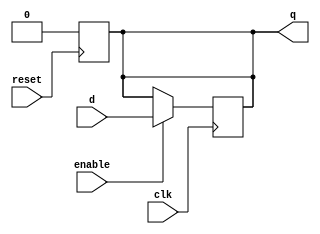
module rff(q, d, clk, enable, reset);
   /****************************
    An Edge-Triggerred Flip-flop 
    Written by H. Roumani, 2008.
    resaet added by M. Spetsakis, 2019
    ****************************/
   output q;
   input  d, clk, enable, reset;
   reg 	  q;

   always @(posedge reset)
     q<= 1'b0;
   always @(posedge clk)
     if (enable) q <= d; 
endmodule

module rregister(q, d, clk, enable, reset);
   /****************************
    An Edge-Triggerred Register.
    Written by H. Roumani, 2008.
    resaet added by M. Spetsakis, 2019
    ****************************/
   parameter SIZE = 2;
   output [SIZE-1:0] q;
   input [SIZE-1:0]  d;
   input 	     clk, enable, reset;

   rff myFF[SIZE-1:0](q, d, clk, enable, reset);
endmodule // rregister
	    
module yMux1(z, a, b, c); 
   output z; 
   input  a, b, c; 
   wire   notC, upper, lower; 
   not my_not(notC, c); 
   and upperAnd(upper, a, notC); 
   and lowerAnd(lower, c, b); 
   or my_or(z, upper, lower); 
endmodule // yMux1

module yMux(z, a, b, c); 
   parameter SIZE = 7; 
   output [SIZE-1:0] z; 
   input [SIZE-1:0]  a, b; 
   input 	     c; 
   yMux1 mine[SIZE-1:0](z, a, b, c); 
endmodule // yMux

module yMux4to1(z, a0,a1,a2,a3, c); 
   parameter SIZE = 2; 
   output [SIZE-1:0] z; 
   input [SIZE-1:0]  a0, a1, a2, a3; 
   input [1:0] 	     c; 
   wire [SIZE-1:0]   zLo, zHi; 
   yMux #(SIZE) lo(zLo, a0, a1, c[0]); 
   yMux #(SIZE) hi(zHi, a2, a3, c[0]); 
   yMux #(SIZE) final(z, zLo, zHi, c[1]); 
endmodule 

module yAdder1(z, cout, a, b, cin); 
   output z, cout; 
   input  a, b, cin; 
   xor left_xor(tmp, a, b); 
   xor right_xor(z, cin, tmp); 
   and left_and(outL, a, b); 
   and right_and(outR, tmp, cin); 
   or my_or(cout, outR, outL); 
endmodule

module yAdder(s, cout, a, b, cin);
   parameter SIZE = 2;
   output [SIZE-1:0] s; 
   output 	 cout; 
   input [SIZE-1:0]  a, b; 
   input 	 cin; 
   wire [SIZE-1:0] 	 in, out; 
   yAdder1 mine[SIZE-1:0](s, out, a, b, in); 
   assign {cout,in} = {out,cin};
endmodule // yAdder

module sllreg(Q, dt, shl, ld, clk, reset);
   parameter SIZE = 3;		// I like to put weird numbers to make
   output [SIZE-1:0] Q;		// verilog give warnings if not all is not OK
   input [SIZE-1:0]  dt;
   input 	     shl, ld, clk, reset;
   wire [SIZE-1:0]   inp;
   
   rregister #(SIZE) myreg(Q, inp, clk, 1'b1, reset);
   yMux4to1 #(SIZE) mymux(inp, 
			  Q, 
			  { Q[SIZE-2:0], 1'b0 },
			  dt,
			  {SIZE{1'b0}},
			  {ld, shl});
endmodule

module cntr(Z, cnt, clk, reset);
   parameter SIZE = 10;
   output reg Z;
   input      cnt, clk, reset;
   wire       notcnt;
   wire [SIZE-1:0] regout;

   not(notcnt,cnt);
   
   sllreg #(SIZE) cntreg(regout, 
			 {{(SIZE-1){1'b0}}, 1'b1}, 
			 cnt, notcnt, clk, reset);
   always @(regout)
     Z = (regout==0)?1'b1:1'b0;
endmodule   

module itmult(HM, LM, fin, A, B, clk, start, reset);

    parameter SIZE = 4;
    output [SIZE-1:0] HM, LM;
    input [SIZE-1:0] A, B;
    output fin;
    input start, clk, reset;
    wire cout;
    wire [SIZE-1:0] addout, gA;
    wire [2*SIZE-1:0] muxout, accum;

    and gatedA[SIZE-1:0] (gA, A, accum[0]);
    rregister #(2*SIZE) reg1(accum, muxout, clk, 1'b1, reset);
    yMux #(2*SIZE) mult1(muxout, {{SIZE{1'b0}},B},{cout,addout,accum[SIZE-1:1]}, start);
    yAdder #(SIZE) add1(addout, cout, gA, accum[2*SIZE-1:SIZE], 1'b0);
    cntr #(SIZE) count1(fin, start, clk, reset);
    
    assign {HM, LM} = accum;    

endmodule

module labN;

    parameter SIZE = 4;
    reg [SIZE-1:0] A, B;
    wire [SIZE-1:0] HM, LM;
    wire fin;
    reg clk, start, reset;
    integer i, j;

    itmult #(SIZE) multEx(HM, LM, fin, A, B, clk, start, reset);

    initial
        begin
           repeat(5)
            begin
                i = $random; j = $random;
                clk = 1'b0;
                #2;
                reset = 1'b1;
                #2;
                reset = 1'b0;
                #2;
                start = 1'b0;
                A = i;
                B = j;
                #2;
                clk = 1'b1; #2 clk = 1'b0; #2;
                start = 1'b1;
                repeat(SIZE)
                    begin
                        #2 $display("%4d: {HM,LM}=%d, HM=%d, LM=%d, A=%d, B=%d, fin=%b", $time, {HM,LM}, HM, LM, A, B, fin);
                        clk = 1'b1; #2 clk = 1'b0; #2;
                        if (fin==1'b1 && start==1'b1) 
                            begin
                                $display("RESULT at %4d: {HM,LM}=%d", $time, {HM,LM});
                                start =1'b0;
                            end
                    end
            end  
        end

endmodule